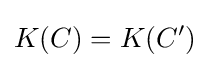
K(C)=K(C')